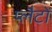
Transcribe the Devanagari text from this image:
प्लैटों